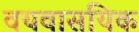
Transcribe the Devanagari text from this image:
वयवासयिक